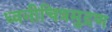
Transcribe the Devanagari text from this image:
ध्वनीचित्रमुद्रण